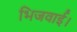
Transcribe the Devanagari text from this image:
भिजवाई।